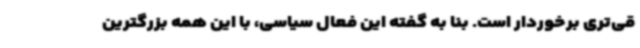
قی‌تری برخوردار است. بنا به گفته این فعال سیاسی، با این همه بزرگترین